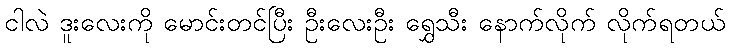
ငါလဲ ဒူးလေးကို မောင်းတင်ပြီး ဦးလေးဦး ရွှေသီး နောက်လိုက် လိုက်ရတယ်